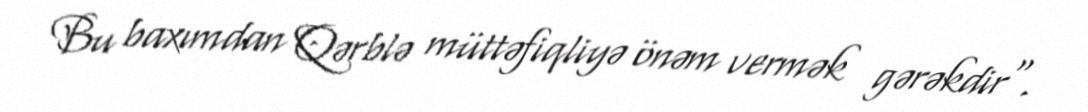
Bu baxımdan Qərblə müttəfiqliyə önəm vermək gərəkdir".